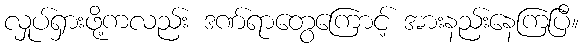
လှုပ်ရှားဖို့ကလည်း ဒဏ်ရာတွေကြောင့် အားနည်းနေကြပြီ။